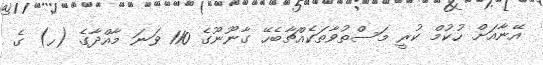
އޭނާއަށް ހުކުމް ކުރީ މަސްތުވާތަކެއްޗާބެހޭ ގާނޫނޫގެ 110 ވަނަ މާއްދާގެ (ހ) ގެ